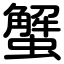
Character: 蟹